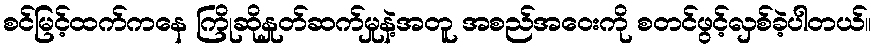
စင်မြင့်ထက်ကနေ ကြိုဆိုနှုတ်ဆက်မှုနဲ့အတူ အစည်အဝေးကို စတင်ဖွင့်လှစ်ခဲ့ပါတယ်။